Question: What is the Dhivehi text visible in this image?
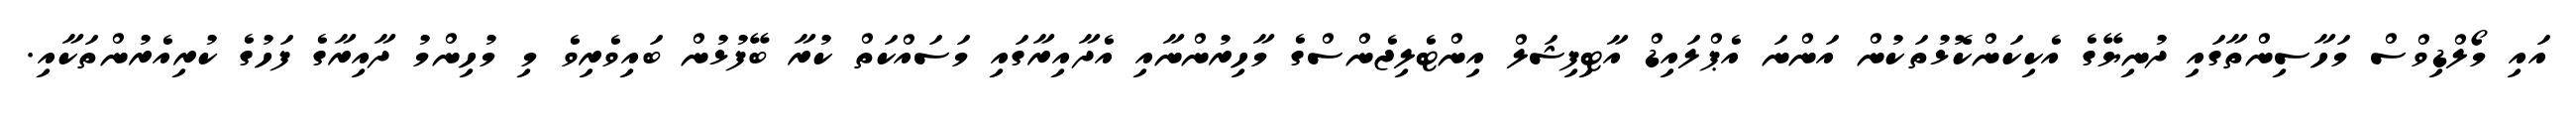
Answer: އައި މޯލްޑިވްސް މަހާސިންތާގައި ދުނިޔޭގެ އެކިކަންކޮޅުތަކުން އަންނަ އެޕްލައިޑް އާޓިފިޝަލް އިންޓެލިޖެންސްގެ މާހިރުންނާއި އެދާއިރާގައި މަސައްކަތް ކުރާ ބޭފުޅުން ބައިވެރިވެ މި މުހިންމު ދާއިރާގެ ފަހުގެ ކުރިއެރުންތަކާއި.